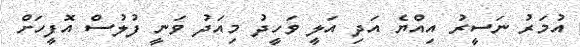
އުމަރު ނަސީރު އިއްޔެ އަދި އަލީ ވަހީދު މިއަދު ވަނީ ފުލުސް އޮފީހަށް